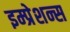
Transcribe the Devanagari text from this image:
इम्प्रेशन्स